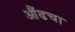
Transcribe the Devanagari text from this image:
औंढचा